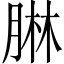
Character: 𦝃